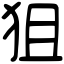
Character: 狙